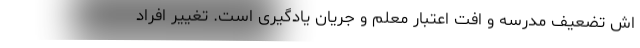
اش تضعیف مدرسه و اُفت اعتبار معلم و جریان یادگیری است. تغییرِ افراد